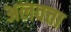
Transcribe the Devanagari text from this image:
अलवत्ता